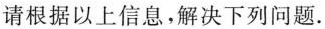
请根据以上信息，解决下列问题.